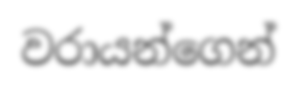
වරායන්ගෙන්